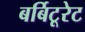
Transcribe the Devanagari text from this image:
बर्बिटूरेट